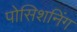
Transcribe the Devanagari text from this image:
पोसिशनिंग